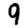
Digit: 9